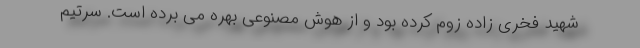
شهید فخری زاده زوم کرده بود و از هوش مصنوعی بهره می برده است. سرتیم